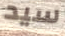
سيد